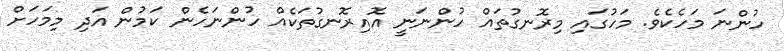
ހުންނަ މަހެކެވެ. މަހުގައި މިރޮނގުތައް ހުންނަނީ އޮއިރޮނގުތަކެއް ހުންނަހެން ކަމުން އަދި މިމަހަށް